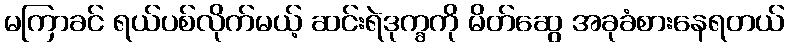
မကြာခင် ရယ်ပစ်လိုက်မယ့် ဆင်းရဲဒုက္ခကို မိတ်ဆွေ အခုခံစားနေရတယ်